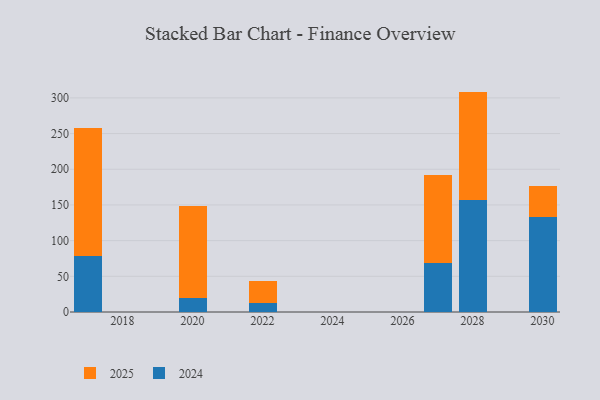
{"axis": {"x": "Year", "y": "Demand Index"}, "legend": ["2024", "2025"], "data": [{"x": "2020", "y": 128.6, "type": "2025"}, {"x": "2020", "y": 19.4, "type": "2024"}, {"x": "2028", "y": 151.4, "type": "2025"}, {"x": "2028", "y": 157.4, "type": "2024"}, {"x": "2017", "y": 179.7, "type": "2025"}, {"x": "2017", "y": 78.3, "type": "2024"}, {"x": "2030", "y": 43.0, "type": "2025"}, {"x": "2030", "y": 132.9, "type": "2024"}, {"x": "2022", "y": 31.6, "type": "2025"}, {"x": "2022", "y": 12.1, "type": "2024"}, {"x": "2027", "y": 124.2, "type": "2025"}, {"x": "2027", "y": 68.2, "type": "2024"}]}